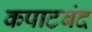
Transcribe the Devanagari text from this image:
कपाटबंद